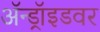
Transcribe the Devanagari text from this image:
ॲन्ड्रॉइडवर